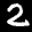
Label: 2